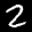
Label: 2